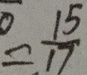
= \frac { 1 5 } { 1 7 }